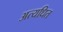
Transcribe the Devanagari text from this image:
अत्यधित